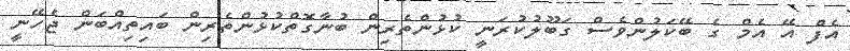
އެފް އޭ އެމް ގެ ބޭކަލުންވެސް ގަބޫލުކުރަނީ ކުޅުންތެރިން ބުނާގޮތްކުޅުންތެރިން ބައިތިއްބަން ޖެހޭނީ